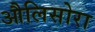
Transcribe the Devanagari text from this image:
औलिसोरा